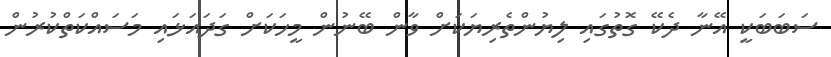
ސަބަބަކީ އޭނާ ދެކޭ ގޮތުގައި ލިޔުންތެރިޔަކަށް ވާން ބޭނުން މީހަކަށް ގަދައަޅައި މަސައްކަތްކުރުން